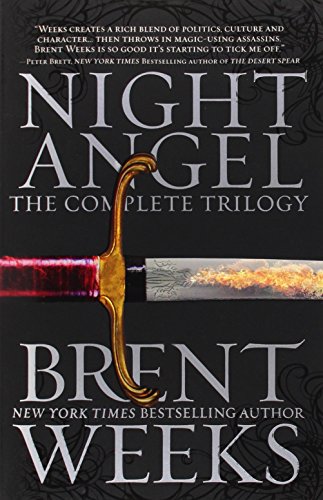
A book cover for Night Angel: The Complete Trilogy (The Night Angel Trilogy); Brent Weeks; Science Fiction & Fantasy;